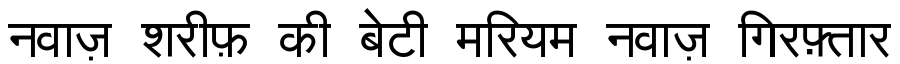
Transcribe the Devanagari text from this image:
नवाज़ शरीफ़ की बेटी मरियम नवाज़ गिरफ़्तार